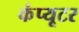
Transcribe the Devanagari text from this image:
कंंप्यूटर